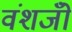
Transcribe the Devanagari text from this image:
वंशजोँ